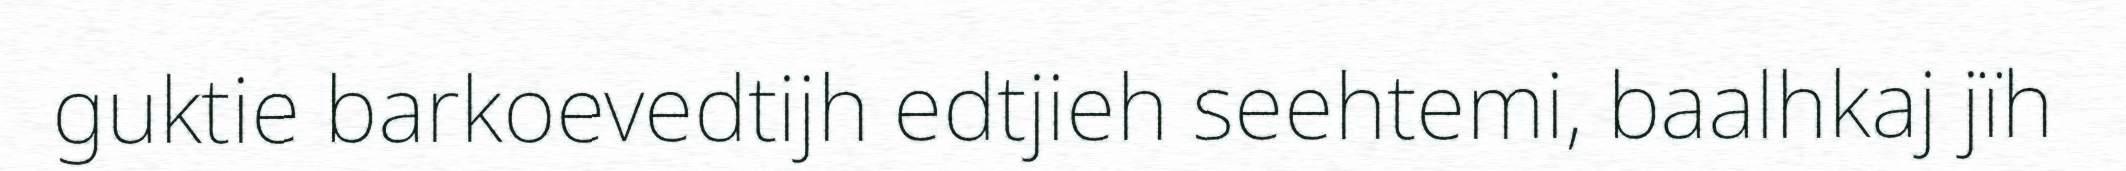
guktie barkoevedtijh edtjieh seehtemi, baalhkaj jïh